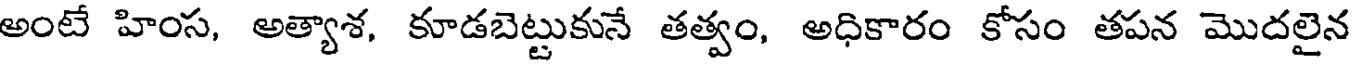
అంటే హింస, అత్యాశ, కూడబెట్టుకునే తత్వం, అధికారం కోసం తపన మొదలైన